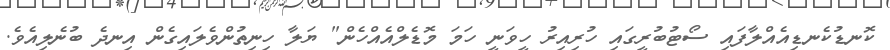
ކޮނޑުކެނޑިއެއްލާފައި ސޯޓުބުރީގައި ހުރިއިރު ހީވަނީ ހަމަ މޮޑެލްއެއްހެން" ޔަލާ ހިނިތުންވެލައިގެން އިނދެ ބުނެލިއެވެ.